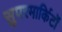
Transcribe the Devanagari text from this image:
सुपरमार्किटों